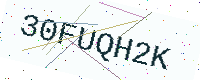
Text: 30FUQH2K